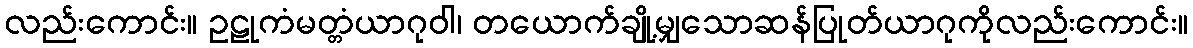
လည်းကောင်း။ ဥဠုကံမတ္တံယာဂုဝါ၊ တယောက်ချို့မျှသောဆန်ပြုတ်ယာဂုကိုလည်းကောင်း။